Vaccination in Bombay 1902-1912 - 1902-1912
Year: 1902
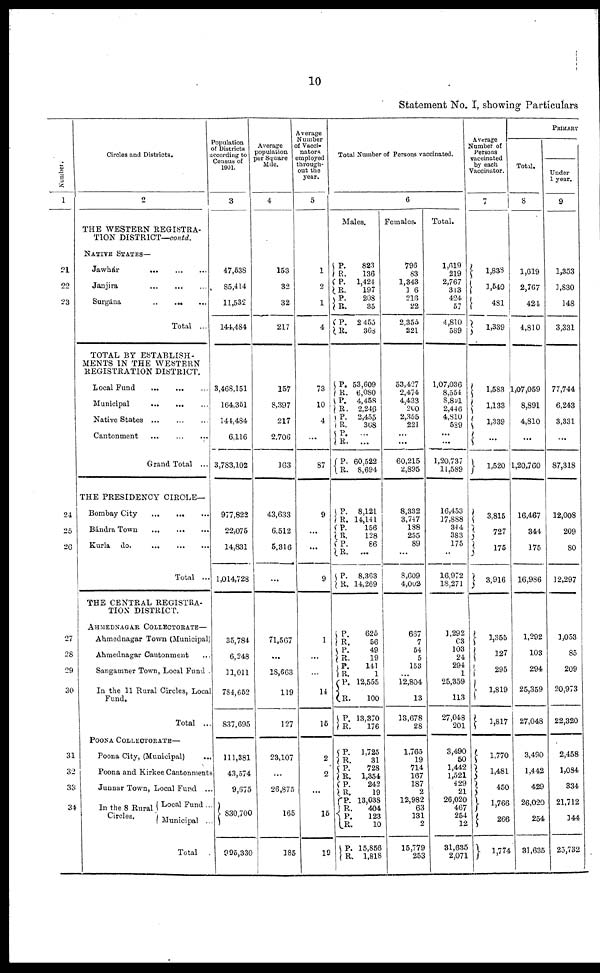
10
Statement No. I, showing Particulars
Number.
1
21
22
23
24
25
26
27
28
29
30
31
32
33
34
Circles and Districts.
2
THE WESTERN REGISTRA-
TION DISTRICT—contd.
NATIVE STATES—
Jawhár
...
...
...
Janjira
...
...
...
Surgána
...
...
...
Total ...
TOTAL BY ESTABLISH-
MENTS IN THE WESTERN
REGISTRATION DISTRICT.
Local Fund
...
...
...
Municipal ... ... ...
Native States ... ... ...
Cantonment ... ... ...
Grand Total ...
THE PRESIDENCY CIRCLE—
Bombay City
...
...
...
Bándra Town
...
...
...
Kurla do.
...
...
...
Total ...
THE CENTRAL REGISTRA-
TION DISTRICT.
AHMEDNAGAR COLLECTORATE—
Ahmednagar Town (Municipal)
Ahmednagar Cantonment ...
Sangamner Town, Local Fund.
In the 11 Rural Circles, Local
Fund.
Total ...
POONA COLLECTORATE—
Poona City, (Municipal) ...
Poona and Kirkee Cantonments ...
Junnar Town, Local Fund ...
In the 8 Rural
Circles.
Local Fund ...
Municipal ...
Total ...
Population
of Districts
according to
Census of
1901.
3
47,538
85,414
11,532
144,484
3,468,151
164,351
144,484
6,116
3,783,102
977,822
22,075
14,831
1,014,728
35,784
6,248
11,011
784,652
837,695
111,381
43,574
9,675
830,700
995,330
Average
population
per Square
Mile.
4
153
32
32
217
157
8,397
217
2,706
163
43,633
6,512
5,316
...
71,567
...
18,663
119
127
23,107
...
26,875
165
185
Average
Number
of Vacci-
nators
employed
through-
out the
year.
5
1
2
1
4
73
10
4
...
87
9
...
...
9
1
...
...
14
15
2
2
...
15
19
Total Number of Persons vaccinated.
6
Males.
P.
R.
P.
R.
P.
R.
P.
R.
P.
R.
P.
R.
P.
R.
P.
R.
P.
R.
P.
R.
P.
R.
P.
R.
P.
R.
P.
R.
P.
R.
P.
R.
P. R.
P.
R.
P.
R.
P.
R. P.
R.
P. R.
P.
R.
P.
R.
823
136
1,424
197
208
35
2,455
368
53,609
6,080
4,458
2,246
2,455
368
...
...
60,522
8,694
8,121
14,141
156
128
86
...
8,363
14,269
625
56
49
19
141
1
12,555
100
13,370
176
1,725
31
728
1,354
242
19
13,038
404
123
10
15,856
1,818
Females.
796
83
1,343
16
216
22
2,355
221
53,427
2,474
4,433
200
2,355
221
...
...
60,215
2,895
8,332
3,747
188
255
89
...
8,609
4,002
667
7
54
5
153
...
12,804
13
13,678
28
1,765
19
714
167
187
2
12,982
63
131
2
15,779
253
Total.
1,619
219
2,767
313
424
57
4,810
589
1,07,036
8,554
8,891
2,446
4,810
589
...
...
1,20,737
11,589
16,453
17,888
344
383
175
...
16,972
18,271
1,292
63
103
24
294
1
25,359
113
27,048
201
3,490
50
1,442
1,521
429
21
26,020
467
254
12
31,635
2,071
Average
Number of
Persons
vaccinated
by each
Vaccinator.
7
1,838
1,540
481
1,339
1,583
1,133
1,339
...
1,520
3,815
727
175
3,916
1,355
127
295
1,819
1,817
1,770
1,481
450
1,766
266
1,774
PRIMARY
Total.
8
1,619
2,767
424
4,810
1,07,059
8,891
4,810
...
1,20,760
16,467
344
175
16,986
1,292
103
294
25,359
27,048
3,490
1,442
429
26,020
254
31,635
Under
1 year.
9
1,353
1,830
148
3,331
77,744
6,243
3,331
...
87,318
12,008
209
80
12,297
1,053
85
209
20,973
22,320
2,458
1,084
334
21,712
144
25,732